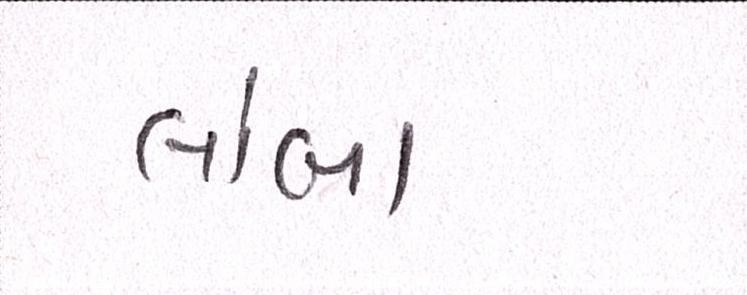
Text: લાંબા